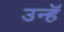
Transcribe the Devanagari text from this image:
उन्हॅ